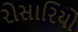
રોસારિયો